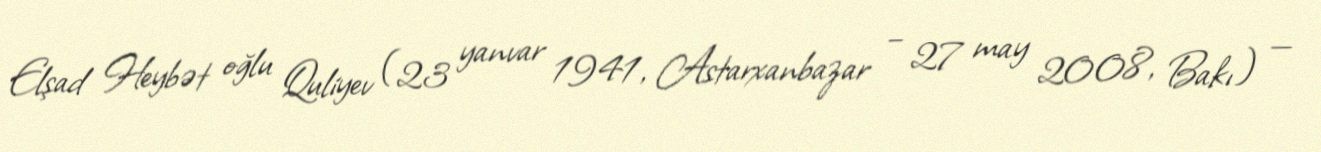
Elşad Heybət oğlu Quliyev (23 yanvar 1941, Astarxanbazar – 27 may 2008, Bakı) —